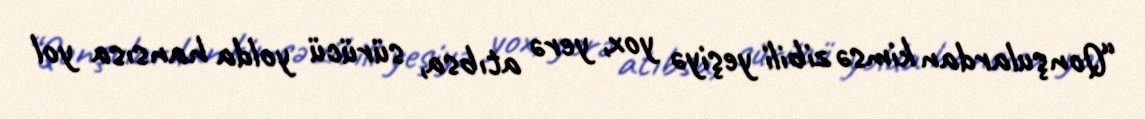
“Qonşulardan kimsə zibili yeşiyə yox, yerə atıbsa, sürücü yolda hansısa yol